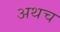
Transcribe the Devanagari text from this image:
अथच